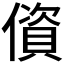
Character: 𰂷